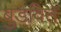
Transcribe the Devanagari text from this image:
बुडविते